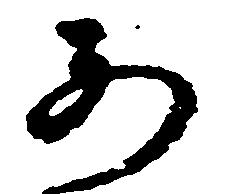
あ